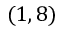
( 1 , 8 )